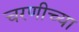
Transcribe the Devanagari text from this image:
चरणीच्या